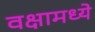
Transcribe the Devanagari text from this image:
वक्षामध्ये